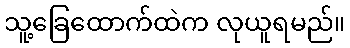
သူ့ခြေထောက်ထဲက လုယူရမည်။